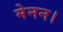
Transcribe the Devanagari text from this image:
मेनन।